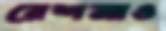
রেশমাও